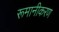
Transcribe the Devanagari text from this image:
रूमानीकरण